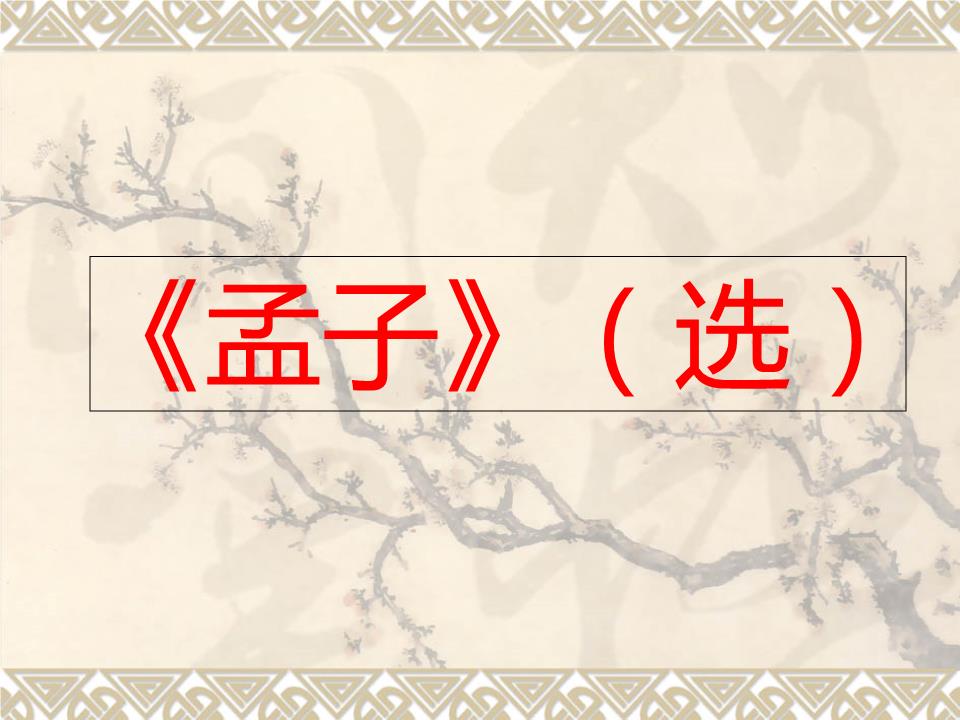
仁则荣，不仁则辱。